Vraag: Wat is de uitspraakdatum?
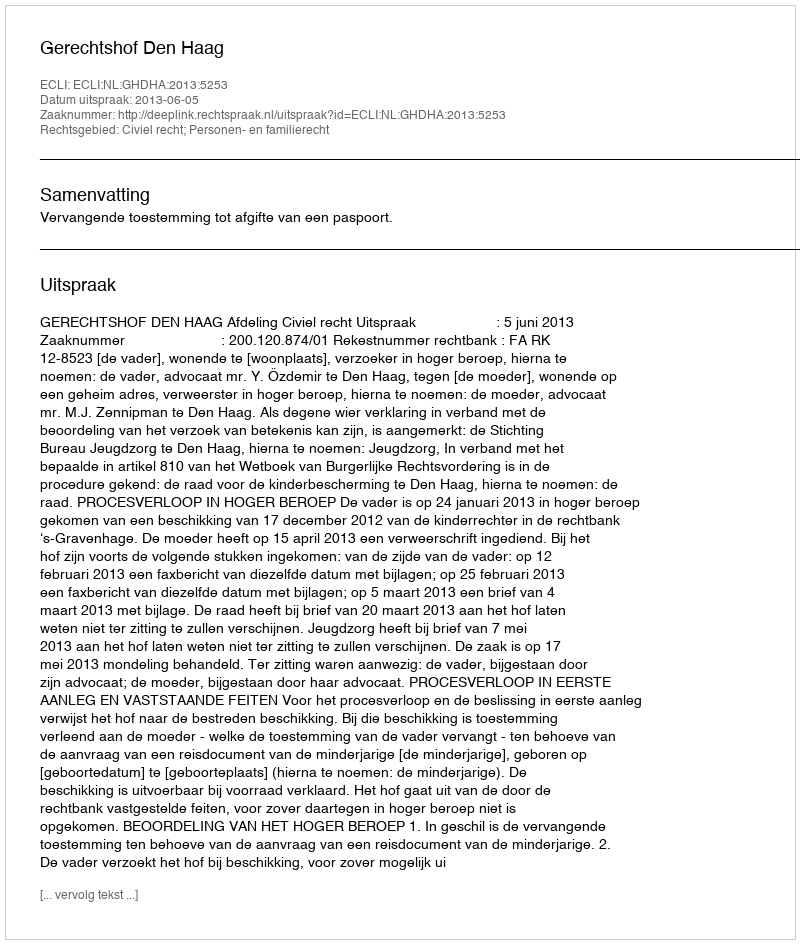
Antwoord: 2013-06-05